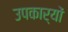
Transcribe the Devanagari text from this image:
उपकार्यों